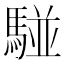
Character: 𩤀